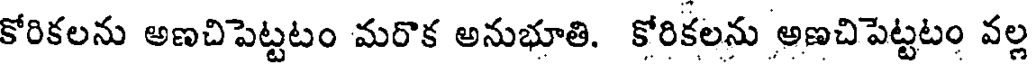
కోరికలను అణచిపెట్టటం మరొక అనుభూతి. కోరికలను అణచిపెట్టటం వల్ల